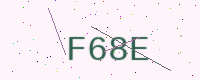
Text: F68E